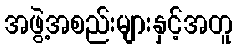
အဖွဲ့အစည်းများနှင့်အတူ